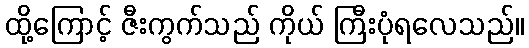
ထို့ကြောင့် ဇီးကွက်သည် ကိုယ် ကြီးပုံရလေသည်။